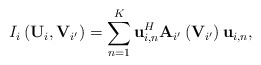
\begin{align*}I_{i}\left(\mathbf{U}_{i},\mathbf{V}_{i'}\right)=\sum_{n=1}^{K}\mathbf{u}_{i,n}^{H}\mathbf{A}_{i'}\left(\mathbf{V}_{i'}\right)\mathbf{u}_{i,n},\end{align*}